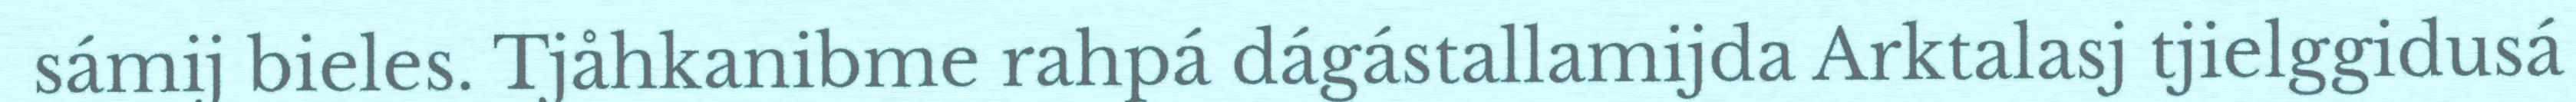
sámij bieles. Tjåhkanibme rahpá dágástallamijda Arktalasj tjielggidusá